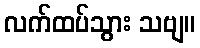
လက်ထပ်သွား သဗျ။